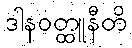
ဒါနဝတ္ထူနီတိ